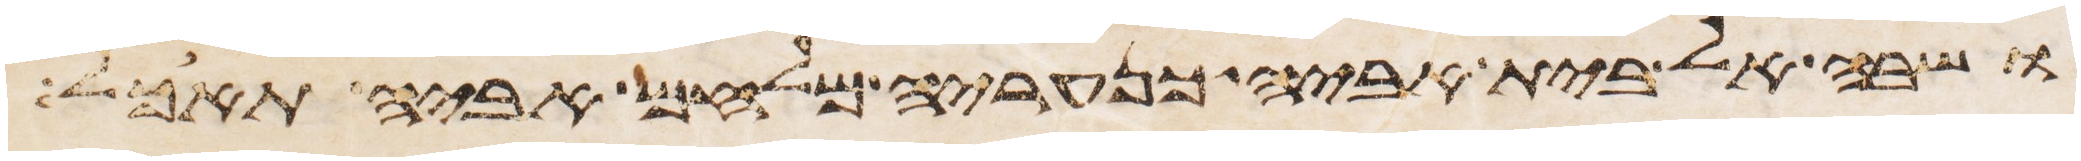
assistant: ושבה אל בית אביה כנעריה מלחם אביה תאכל